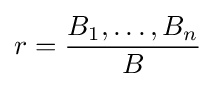
r={\frac {B_{1},\dots ,B_{n}}{B}}